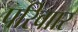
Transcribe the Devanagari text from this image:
परिवाार